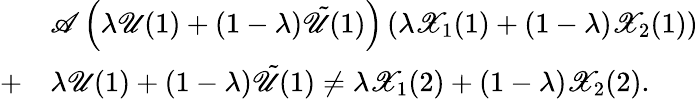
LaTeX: \begin{array}{rl}&{\mathscr{A}\left(\lambda\mathscr{U}(1)+\left(1-\lambda\right)\tilde{\mathscr{U}}(1)\right)\left(\lambda\mathscr{X}_{1}(1)+\left(1-\lambda\right)\mathscr{X}_{2}(1)\right)}\\ {+}&{\lambda\mathscr{U}(1)+\left(1-\lambda\right)\tilde{\mathscr{U}}(1)\neq\lambda\mathscr{X}_{1}(2)+\left(1-\lambda\right)\mathscr{X}_{2}(2).}\end{array}